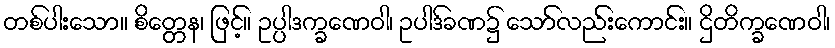
တစ်ပါးသော။ စိတ္တေန၊ ဖြင့်။ ဥပ္ပါဒက္ခဏေဝါ၊ ဥပါဒ်ခဏ၌ သော်လည်းကောင်း။ ဌိတိက္ခဏေဝါ၊